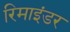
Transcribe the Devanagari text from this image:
रिमाइंडर